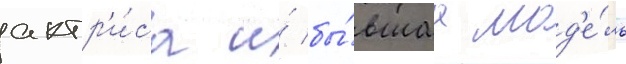
актр'и́са и́ бы́вшаа мод'е́ль